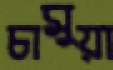
চামুয়া